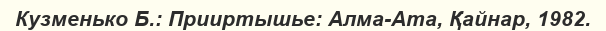
Кузменько Б.: Прииртышье: Алма-Ата, Қайнар, 1982.